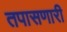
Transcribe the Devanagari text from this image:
तपासणारी